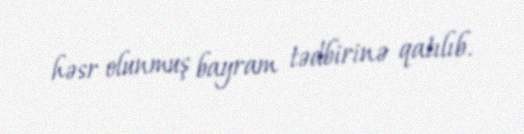
həsr olunmuş bayram tədbirinə qatılıb.